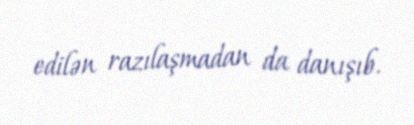
edilən razılaşmadan da danışıb.